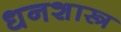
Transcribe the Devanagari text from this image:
धनशास्त्र